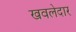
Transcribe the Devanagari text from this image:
खवलेदार